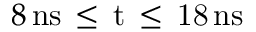
8 \, \mathrm { { n s } \, \leq \, t \, \leq \, 1 8 \, \mathrm { { n s } } }